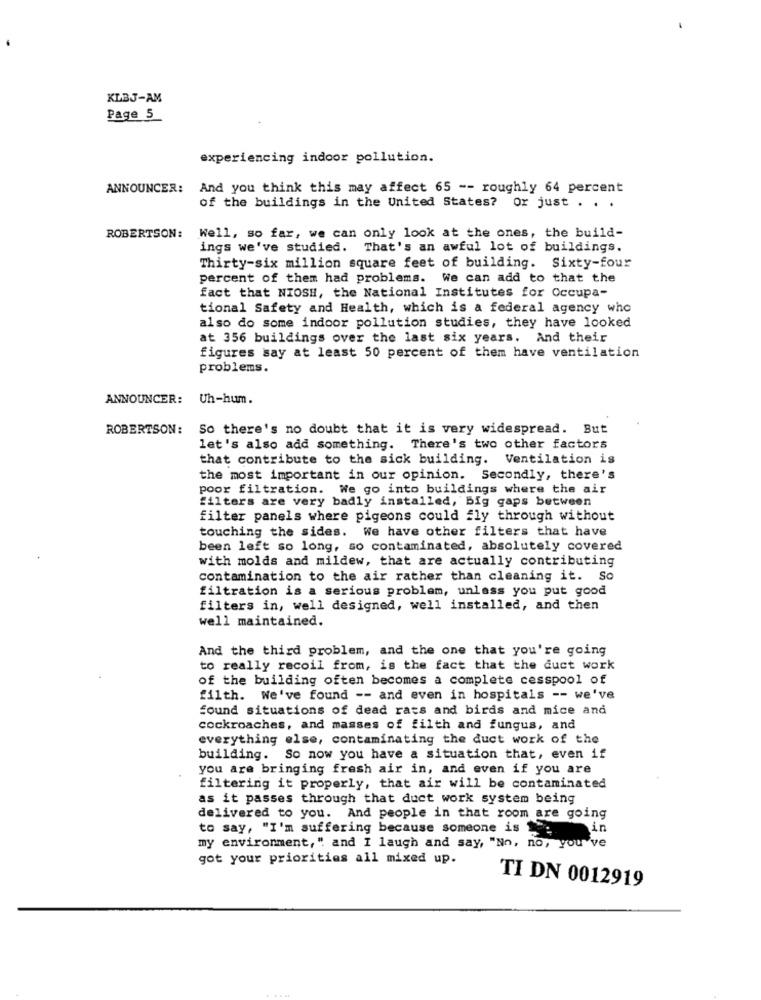
KLBJ-AM
Page 5
experiencing indoor pollution.
ANNOUNCER:
And you think this may affect 65 -- roughly 64 percent
of the buildings in the United States? Or just . . .
ROBERTSON:
Well, so far, we can only look at the ones, the build-
ings we've studied. That's an awful lot of buildings.
Thirty-six million square feet of building. Sixty-four
percent of them had problems. We can add to that the
fact that NIOSH, the National Institutes for Occupa-
tional Safety and Health, which is a federal agency who
also do some indoor pollution studies, they have looked
at 356 buildings over the last six years. And their
figures say at least 50 percent of them have ventilation
problems.
ANNOUNCER:
Uh-hum.
ROBERTSON: So there's no doubt that it is very widespread. But
let's also add something. There's two other factors
that contribute to the sick building. Ventilation is
the most important in our opinion. Secondly, there's
poor filtration. We go into buildings where the air
filters are very badly installed, Big gaps between
filter panels where pigeons could fly through without
touching the sides. We have other filters that have
been left so long, so contaminated, absolutely covered
with molds and mildew, that are actually contributing
contamination to the air rather than cleaning it. So
filtration is a serious problem, unless you put good
filters in, well designed, well installed, and then
well maintained.
And the third problem, and the one that you're going
to really recoil from, is the fact that the duct work
of the building often becomes a complete cesspool of
filth. We've found -- and even in hospitals -- we've
found situations of dead rats and birds and mice and
cockroaches, and masses of filth and fungus, and
everything else, contaminating the duct work of the
building. So now you have a situation that, even if
you are bringing fresh air in, and even if you are
filtering it properly, that air will be contaminated
as it passes through that duct work system being
delivered to you. And people in that room are going
to say, "I'm suffering because someone is e in
my environment," and I laugh and say, "No, no, you ve
got your priorities all mixed up.
TI DN 0012919